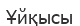
Ұйқысы